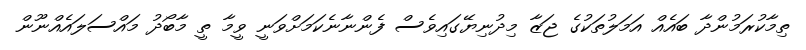
ތިމާކުރަމުންދާ ބައެއް އަމަލުތަކުގެ ޖަޒާ މިދުނިޔޭގައިވެސް ފެންނާނެކަމަށްވަނީ ވީމާ ތީ މާބޯދު މައްސަލައެއްނޫން